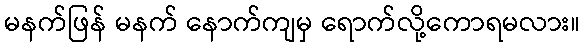
မနက်ဖြန် မနက် နောက်ကျမှ ရောက်လို့ကောရမလား။